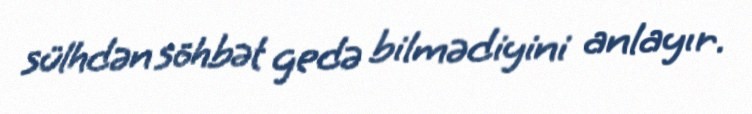
sülhdən söhbət gedə bilmədiyini anlayır.